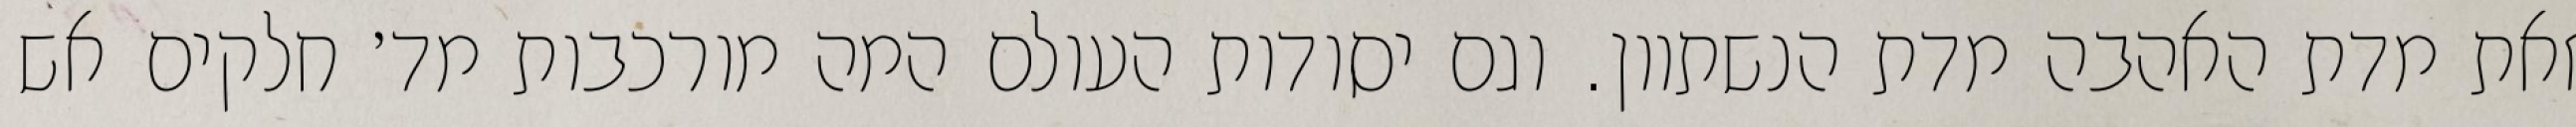
זאת מדת האהבה מדת הנשתוון. וגם יסודות העולם המה מורכבות מד׳ חלקים אש